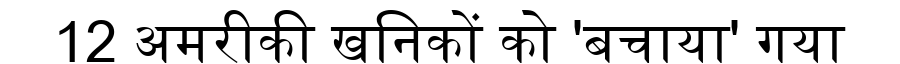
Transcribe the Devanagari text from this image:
12 अमरीकी खनिकों को 'बचाया' गया